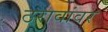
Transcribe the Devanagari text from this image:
ठरावांवर